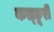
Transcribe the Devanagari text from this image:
कल्छूरी